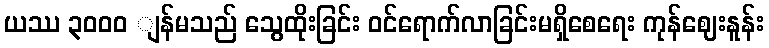
ယဿ ၃၀၀ဝ ျန်မသည် သွေထိုးခြင်း ဝင်ရောက်လာခြင်းမရှိစေရေး ကုန်ဈေးနူန်း